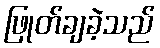
ဖြုတ်ချခဲ့သည်